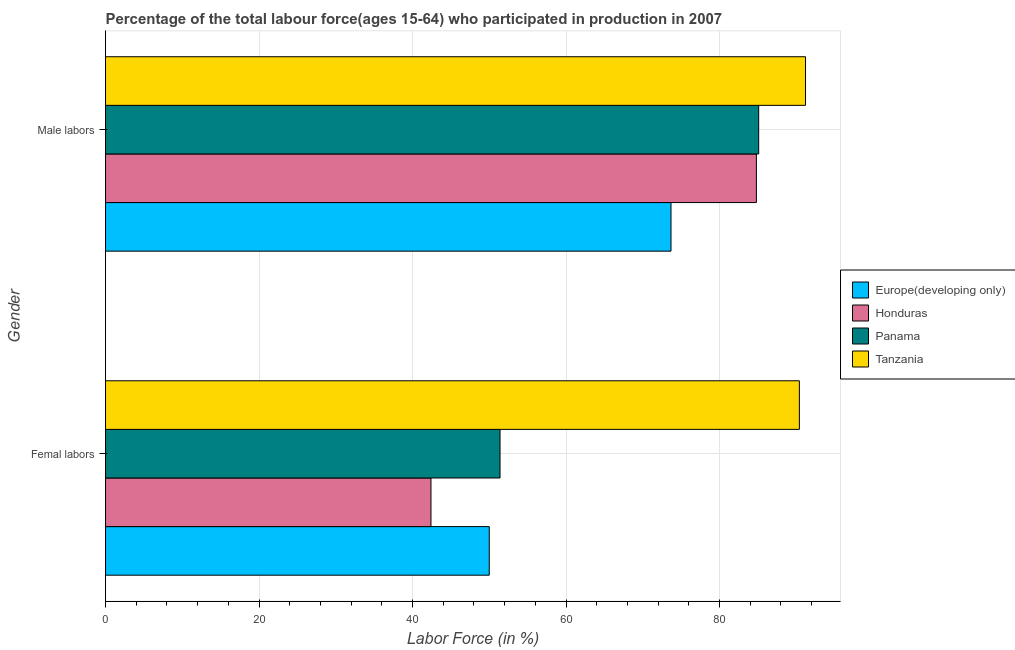
| Gender | Europe(developing only) | Honduras | Panama | Tanzania |
 | --- | --- | --- | --- | --- |
 | Femal labors | 50 | 42.4 | 51.4 | 90.4 |
 | Male labors | 73.7 | 84.8 | 85.1 | 91.2 |